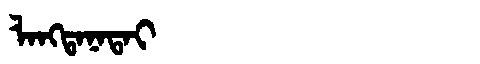
Manchu: ᠯᠠᠩᡨᠠᠨᠠᡨᠠᡳ
Romanization: LANGTANATAI